Lunatic asylums in Bengal annual reports 1888-1898 - 1888-1898
Year: 1888
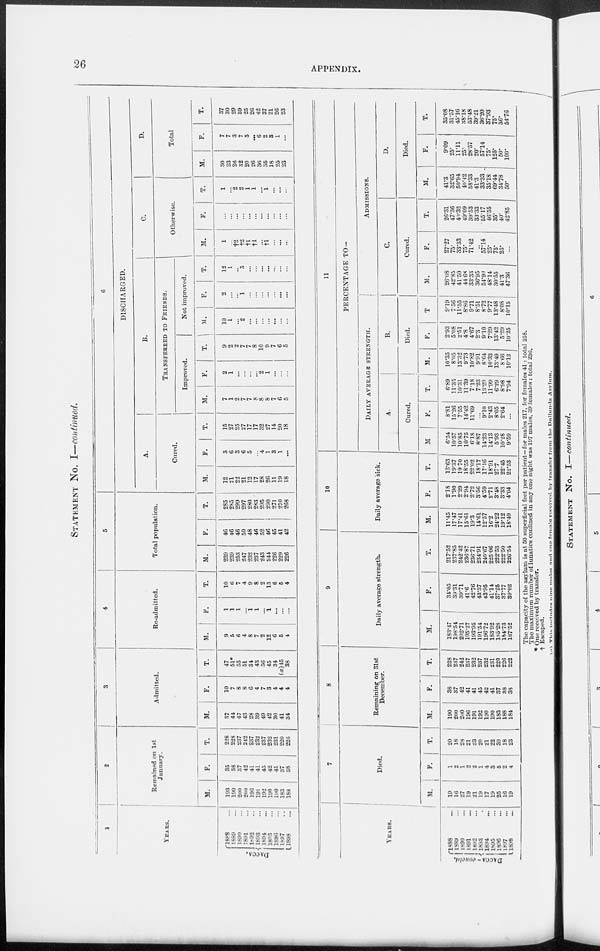
26
APPENDIX.
STATEMENT NO. I—continued.
1
YEARS.
DACCA.
1888 ...
1889 ...
1890 ...
1891 ...
1892 ...
1893 ...
1894 ...
1895 ...
1896 ...
1897 ...
1898 ...
2
Remained on 1st
January.
M.
193
190
200
200
196
191
192
190
190
183
188
F.
35
38
37
42
41
41
45
42
41
37
38
T.
228
228
237
242
237
232
237
232
231
220
226
3
Admitted.
M.
37
44
47
43
28
39
49
42
30
41
34
F.
10
7
8
8
6
4
7
3
4
4
4
T.
47
51*
55
51
34
43
56
45
34
(a)45
38
4
Re-admitted.
M.
9
5
6
4
8
7
2
12
6
5
4
F.
1
1
1
...
1
1
...
1
...
...
...
T.
10
6
7
4
9
8
2
13
6
5
4
5
Total population.
M.
239
239
253
247
232
237
243
244
226
229
226
F.
46
46
46
50
48
46
52
46
45
41
42
T.
285
285
299
297
280
283
295
290
271
270
268
6
DISCHARGED.
A.
Cured.
M.
12
21
22
21
12
17
28
26
11
19
18
F.
3
6
3
6
5
...
4
1
3
1
...
T.
15
27
25
27
17
17
32
27
14
20
18
B.
TRANSFERRED TO FRIENDS.
Improved.
M.
7
1
2
7
7
8
8
8
7
6
5
F.
2
1
...
...
...
...
2
1
...
...
...
T.
9
2
2
7
7
8
10
9
7
6
5
Not improved.
M.
10
1
...
2
...
...
...
...
...
...
...
F.
2
...
...
1
...
...
...
...
...
...
...
T.
12
1
...
3
...
...
...
...
...
...
...
C.
Otherwise.
M.
1
...
†2
†2
†1
†1
...
†1
...
...
...
F.
...
...
...
...
...
...
...
...
...
...
...
T.
1
...
2
2
1
1
...
1
...
...
...
D.
Total
M.
30
23
26
32
20
26
36
35
18
25
23
F.
7
7
3
7
5
...
6
2
3
1
...
T.
37
30
29
39
25
26
42
37
21
26
23
YEARS.
DACCA-concld.
1888 ...
1889 ...
1890 ...
1891 ...
1892 ...
1893 ...
1894 ...
1895 ...
1896 ...
l897 ...
1898 ...
7
Died.
M.
19
16
27
19
21
19
17
19
25
16
19
F.
1
2
1
2
2
1
4
3
5
2
4
T.
20
18
28
21
23
20
21
22
30
18
23
8
Remaining on 31st
December.
M.
190
200
200
196
191
192
190
190
183
188
184
F.
38
37
42
41
41
45
42
41
37
38
38
T.
228
237
242
237
232
237
232
231
220
226
222
9
Daily average strength.
M.
183.47
198.54
202.71
195.27
193.95
191.54
196.72
183.92
185.28
184.73
187.52
F.
34.05
39.31
39.71
41.6
42.76
43.37
43.95
41.14
37.25
37.77
39.02
T.
217.52
237.85
242.42
236.87
236.71
234.91
240.67
225.06
222.53
222.50
226.54
10
Daily average sick.
M.
11.45
17.47
17.41
15.61
19.3
14.61
12.57
16.2
24.22
19.12
18.49
F.
2.18
1.90
2.29
2.94
2.72
3.56
4.59
2.71
3.48
3.33
4.04
T.
13.63
19.37
19.70
18.55
22.02
18.17
17.16
18.91
27.7
22.45
22.53
11
PERCENTAGE TO—
DAILY AVERAGE STRENGTH.
A.
Cured.
M.
6.54
10.57
10.85
10.75
6.18
8.87
14.23
14.13
5.93
10.28
9.59
F.
8.81
15.26
7.55
14.42
11.69
...
9.10
2.43
8.05
2.64
...
T.
6.89
11.35
10.31
11.39
7.18
7.23
13.29
11.99
6.29
8.98
7.94
B.
Died.
M.
10.35
8.05
13.32
9.73
10.82
9.91
8.64
10.33
13.49
8.66
10.13
F.
2.93
5.08
2.51
4.8
4.67
2.3
9.10
7.29
13.42
5.29
10.25
T
9.19
7.56
11.55
8.86
9.71
8.51
8.72
9.77
13.48
8.08
10.15
ADMISSIONS.
C.
Cured.
M.
26.08
42.85
41.50
44 6S
33.33
36.95
54.90
48.14
30.55
41.3
47.30
F.
27.27
75.
33.33
75.
71.42
...
57.14
25.
75.
25.
...
T.
26.31
47.36
40.32
49.09
39.53
33.33
55.17
46.55
35.
40.
42.85
D.
Died.
M.
41.3
32.65
50.94
10.42
58.33
41.3
33.33
35.18
69.44
34.78
50.
F.
9.09
25.
11.11
25.
28.57
20.
57.14
75.
125.
50.
100.
T.
35.08
31.57
45.16
38.18
53.48
39.21
36.20
37.93
75.
36.
54.76
The capacity of the asylum is at 50 superficial feet per patient—for males 217, for females 41 : total 258.
The maximum number of lunatics confined in any one night was 197 males, 39 females : total 236.
* One received by transfer.
† Escaped.
(a) This includes nine males and one female received by transfer from the Dullunda Asylum.